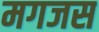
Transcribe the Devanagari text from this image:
मगजस